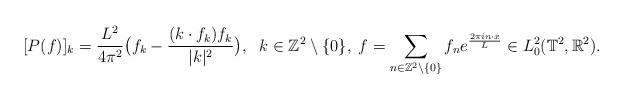
LaTeX: \begin{align*}[P(f)]_k=\frac{L^2}{4\pi^2}\big(f_k-\frac{(k\cdot f_k)f_k}{\vert k\vert^2} \big),\;\ k\in\mathbb{Z}^2\setminus\{0\},\; f=\sum_{n\in\mathbb{Z}^2\setminus\{0\}} f_n e^{\frac{2\pi i n\cdot x}{L}}\in L^2_0(\mathbb{T}^2,\mathbb{R}^2).\end{align*}